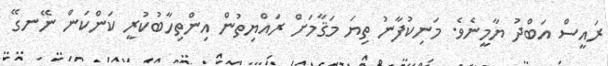
ރައީސް އަބްދު ޔާމީނެވެ. މަނިކުފާނު ތިޔަ މަޤާމަށް ރައްޔިތުން އިންތިހާބުކުރީ ކަންކަން ނޭނގޭ